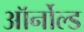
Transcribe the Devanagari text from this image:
ऑर्नोल्ड